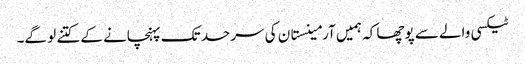
ٹیکسی والے سے پوچھا کہ ہمیں آرمینستان کی سرحد تک پہنچانے کے کتنے لو گے۔